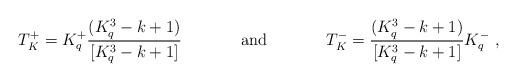
LaTeX: \begin{align*}T^+_K=K^+_q\frac{(K^3_q-k+1)}{[K^3_q-k+1]}\hspace{1.5cm}{\rm and}\hspace{1.5cm}T^-_K=\frac{(K^3_q-k+1)}{[K^3_q-k+1]}K^-_q\ ,\end{align*}